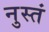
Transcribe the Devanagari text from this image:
नुस्तं